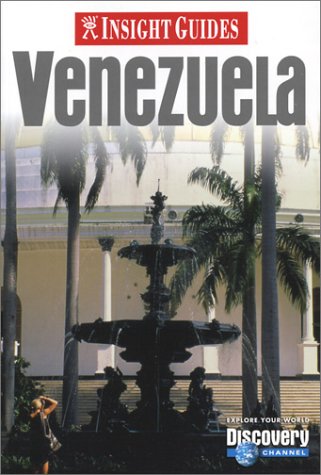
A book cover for Insight Guide Venezuela; Travel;